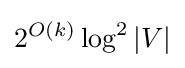
2^{O(k)}\log ^{2}|V|